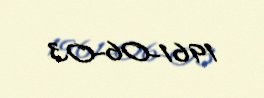
1961-06-03